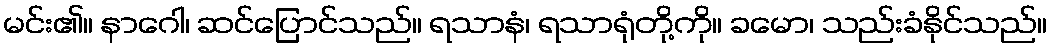
မင်း၏။ နာဂေါ၊ ဆင်ပြောင်သည်။ ရသာနံ၊ ရသာရုံတို့ကို။ ခမော၊ သည်းခံနိုင်သည်။